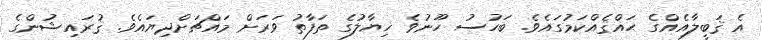
އެ ޤަބީލާއެއްގެ ޙައްޤެއްކަމުގައެވެ. ބަހުސު ހޫނުވެ ޚިޔާލުގެ ތަފާތު ވަރަށް މައްޗަށްދިޔައެވެ. ޤުރައިޝުންގެ